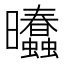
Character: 𰖾